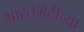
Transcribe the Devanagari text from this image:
भारतभेटीच्या